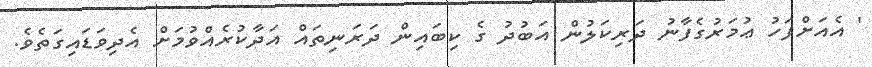
' އެއަށްފަހު ޢުމަރުގެފާނު ދަރިކަލުން އަބުދު ގެ ކިބައިން ދަރަނިތައް އަދާކުރެއްވުމަށް އެދިވަޑައިގަތެވެ.